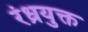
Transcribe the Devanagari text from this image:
रंध्रयुक्त